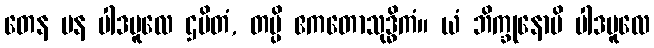
တေန ပန ပါဒမူလေ ဌပိတံ, တမ္ပိ ဧကတောသုဒ္ဓိကံ။ ယံ ဘိက္ခုနောပိ ပါဒမူလေ